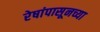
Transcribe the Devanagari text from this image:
रेषांपासूनच्या